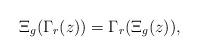
LaTeX: \begin{align*}\Xi_g(\Gamma_r(z))=\Gamma_r(\Xi_g(z)),\end{align*}